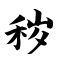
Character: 秽